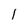
Character: l